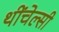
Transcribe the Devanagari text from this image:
थींचेल्सी